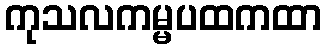
ကုသလကမ္မပထကထာ